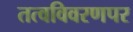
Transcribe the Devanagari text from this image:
तत्वविवरणपर